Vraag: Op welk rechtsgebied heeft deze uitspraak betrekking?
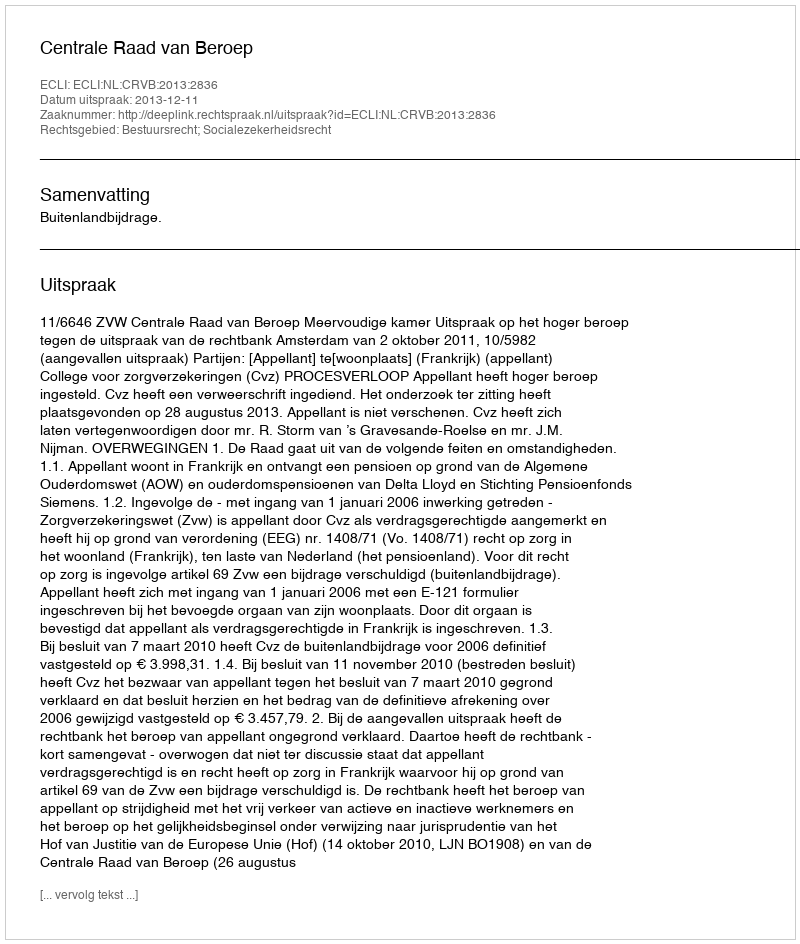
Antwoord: Bestuursrecht; Socialezekerheidsrecht